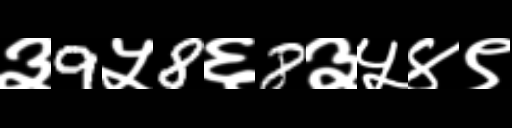
Text: ३9५8६8३५४९